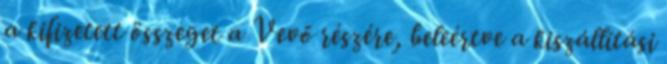
a kifizetett összeget a Vevő részére, beleértve a kiszállítási